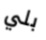
بلي